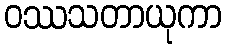
ဝဿသတာယုကာ